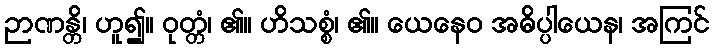
ဉာဏန္တိ၊ ဟူ၍။ ဝုတ္တံ၊ ၏။ ဟိသစ္စံ၊ ၏။ ယေနေဝ အဓိပ္ပါယေန၊ အကြင်